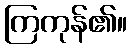
ကြကုန်၏။